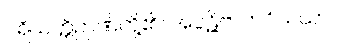
ပရိယတ္တိဉာဏ်တို့၏။ အပ္ပဋိဗာဟဝိသယာ၊